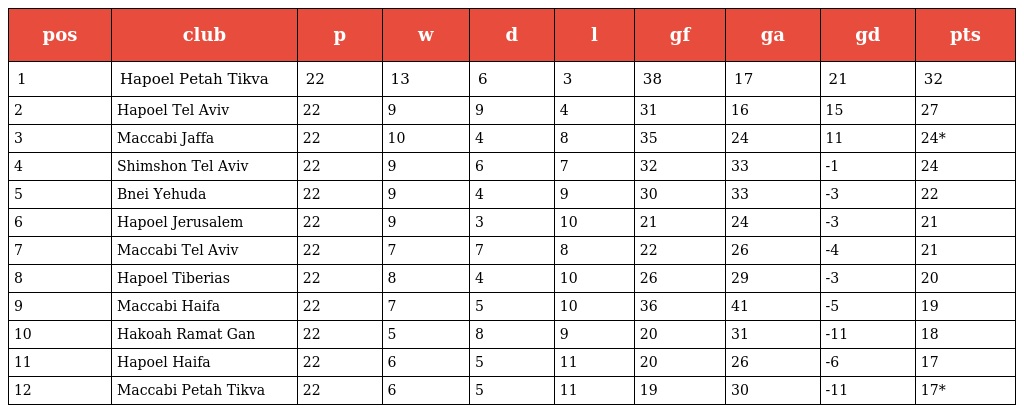
| pos | club | p | w | d | l | gf | ga | gd | pts |
 | --- | --- | --- | --- | --- | --- | --- | --- | --- | --- |
 | 1 | Hapoel Petah Tikva | 22 | 13 | 6 | 3 | 38 | 17 | 21 | 32 |
 | 2 | Hapoel Tel Aviv | 22 | 9 | 9 | 4 | 31 | 16 | 15 | 27 |
 | 3 | Maccabi Jaffa | 22 | 10 | 4 | 8 | 35 | 24 | 11 | 24* |
 | 4 | Shimshon Tel Aviv | 22 | 9 | 6 | 7 | 32 | 33 | -1 | 24 |
 | 5 | Bnei Yehuda | 22 | 9 | 4 | 9 | 30 | 33 | -3 | 22 |
 | 6 | Hapoel Jerusalem | 22 | 9 | 3 | 10 | 21 | 24 | -3 | 21 |
 | 7 | Maccabi Tel Aviv | 22 | 7 | 7 | 8 | 22 | 26 | -4 | 21 |
 | 8 | Hapoel Tiberias | 22 | 8 | 4 | 10 | 26 | 29 | -3 | 20 |
 | 9 | Maccabi Haifa | 22 | 7 | 5 | 10 | 36 | 41 | -5 | 19 |
 | 10 | Hakoah Ramat Gan | 22 | 5 | 8 | 9 | 20 | 31 | -11 | 18 |
 | 11 | Hapoel Haifa | 22 | 6 | 5 | 11 | 20 | 26 | -6 | 17 |
 | 12 | Maccabi Petah Tikva | 22 | 6 | 5 | 11 | 19 | 30 | -11 | 17* |